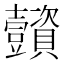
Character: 𧹌